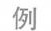
例